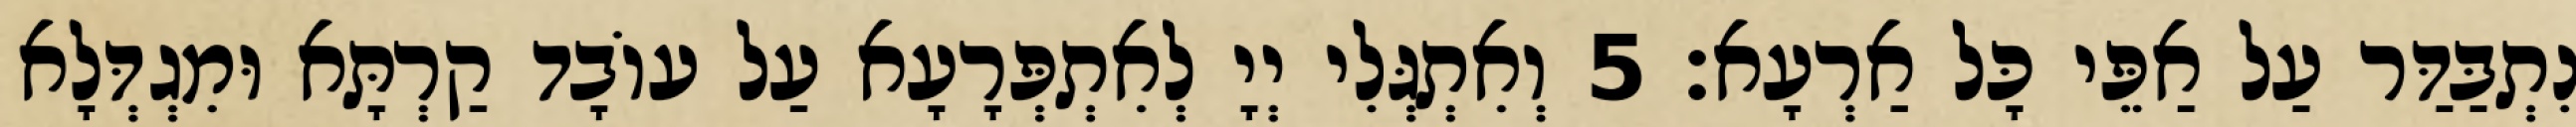
נִתְבַּדַּר עַל אַפֵּי כָּל אַרְעָא׃ 5 וְאִתְגְּלִי יְיָ לְאִתְפְּרָעָא עַל עוֹבָד קַרְתָּא וּמִגְדְּלָא